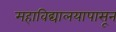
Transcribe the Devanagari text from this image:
महाविद्यालयापासून